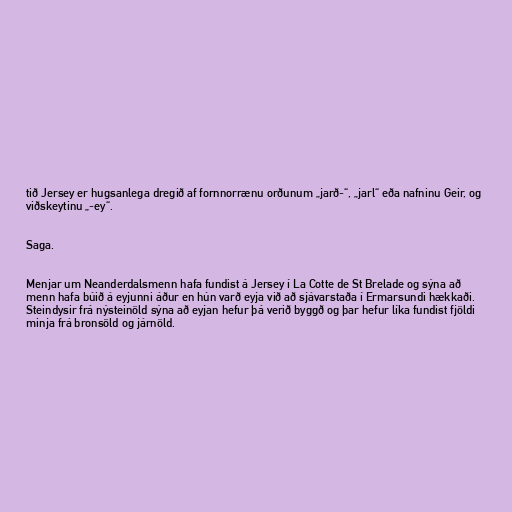
tið Jersey er hugsanlega dregið af fornnorrænu orðunum „jarð-“, „jarl“ eða nafninu Geir, og
viðskeytinu „-ey“.

Saga.

Menjar um Neanderdalsmenn hafa fundist á Jersey í La Cotte de St Brelade og sýna að
menn hafa búið á eyjunni áður en hún varð eyja við að sjávarstaða í Ermarsundi hækkaði.
Steindysir frá nýsteinöld sýna að eyjan hefur þá verið byggð og þar hefur líka fundist fjöldi
minja frá bronsöld og járnöld.